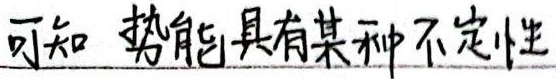
可知 势能具有某种不定性